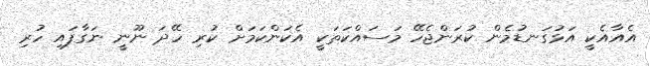
އެއާއެކީ އަޅުގަނޑުމެން ކުރަންޖެހޭ މަސައްކަތަކީ އެކަންކަމަށް ކުރި ހޭދަ ނޫނީ ނަގާފައި ހުރި